Vaccination in Bombay 1869-1873 - 1869-1873
Year: 1869
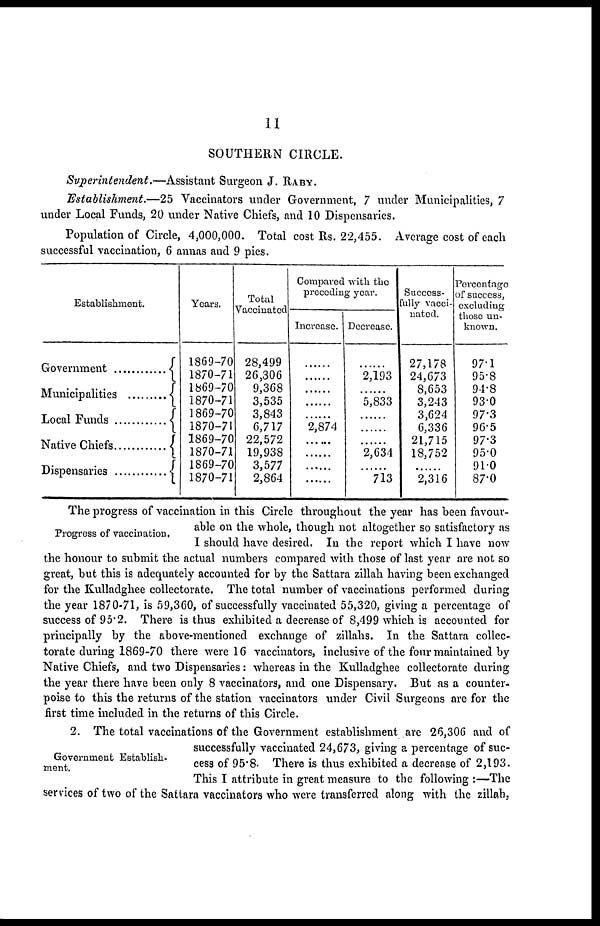
11
SOUTHERN CIRCLE.
Superintendent.—Assistant Surgeon J. RABY.
Establishment.—25 Vaccinators under Government, 7 under Municipalities, 7
under Local Funds, 20 under Native Chiefs, and 10 Dispensaries.
Population of Circle, 4,000,000. Total cost Rs. 22,455. Average cost of each
successful vaccination, 6 annas and 9 pies.
Establishment.
Government ......
Municipalities ......
Local Funds ......
Native Chiefs
......
Dispensaries ......
Years.
1869-70
1870-71
1869-70
1870-71
1869-70
1870-71
1869-70
1870-71
1869-70
1870-71
Total
Vaccinated
28,499
26,306
9,368
3,535
3,843
6,717
22,572
19,938
3,577
2,864
Compared with the
preceding year.
Increase.
......
......
......
......
......
2,874
......
......
......
......
Decrease.
......
2,193
......
5,833
......
......
......
2,634
......
713
Success-
fully vacci-
nated.
27,178
24,673
8,653
3,243
3,624
6,336
21,715
18,752
......
2,316
Percentage
of success,
excluding
those un-
known.
97.1
95.8
94.8
93.0
97.3
96.5
97.3
95.0
91.0
87.0
Progress of vaccination.
The progress of vaccination in this Circle throughout the year has been favour-
able on the whole, though not altogether so satisfactory as
I should have desired. In the report which I have now
the honour to submit the actual numbers compared with those of last year are not so
great, but this is adequately accounted for by the Sattara zillah having been exchanged
for the Kulladghee collectorate. The total number of vaccinations performed during
the year 1870-71, is 59,360, of successfully vaccinated 55,320, giving a percentage of
success of 95.2. There is thus exhibited a decrease of 8,499 which is accounted for
principally by the above-mentioned exchange of zillahs. In the Sattara collec-
torate during 1869-70 there were 16 vaccinators, inclusive of the four maintained by
Native Chiefs, and two Dispensaries: whereas in the Kulladghee collectorate during
the year there have been only 8 vaccinators, and one Dispensary. But as a counter-
poise to this the returns of the station vaccinators under Civil Surgeons are for the
first time included in the returns of this Circle.
Government Establish-
ment.
2. The total vaccinations of the Government establishment are 26,306 and of
successfully vaccinated 24,673, giving a percentage of suc-
cess of 95.8. There is thus exhibited a decrease of 2,193.
This I attribute in great measure to the following :—The
services of two of the Sattara vaccinators who were transferred along with the zillah,